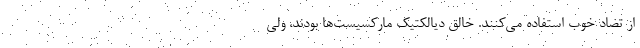
از تضاد خوب استفاده می‌کنند. خالق دیالکتیک مارکسیست‌ها بودند، ولی